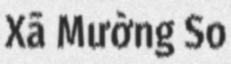
Xã Mường So